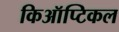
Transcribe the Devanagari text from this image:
किऑप्टिकल